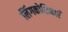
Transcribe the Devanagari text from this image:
लिंगकोशिकाएँ